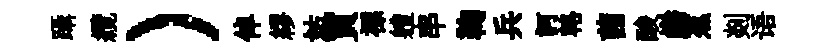
躡纜）倬繆姑買褾軆串鞠兵訶輅茜酸巋蕉剡语